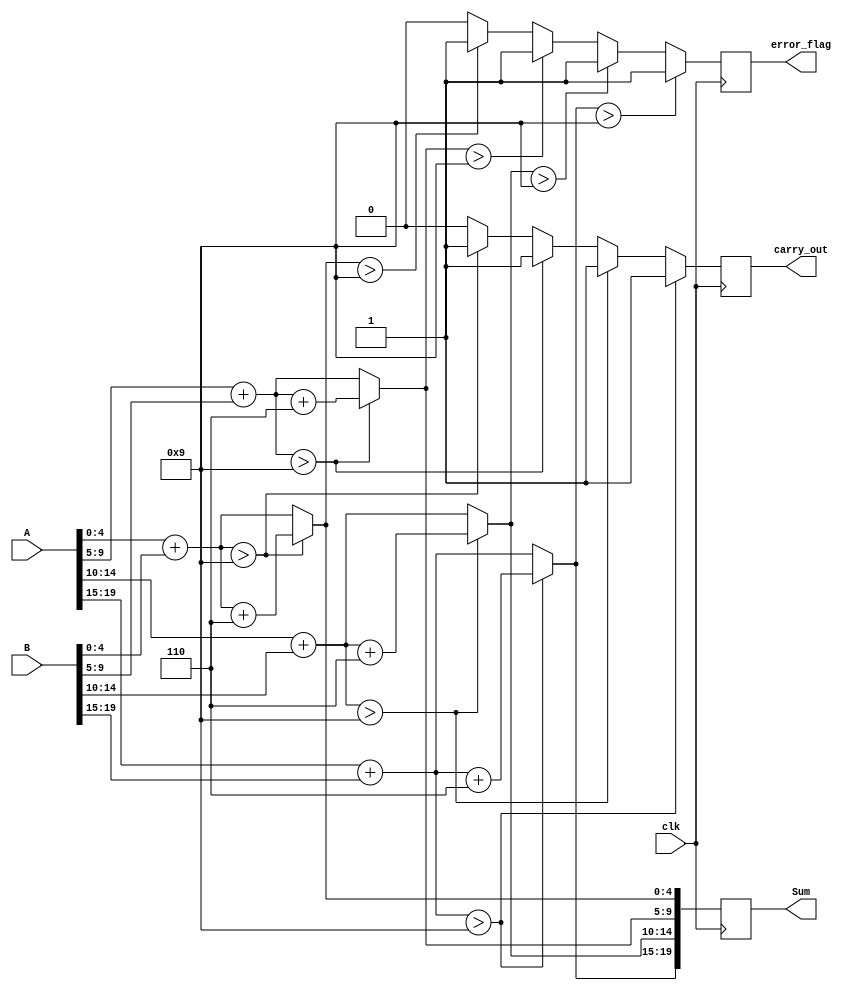
module BCD_Redundant_Binary_Adder (
    input wire clk,
    input wire [19:0] A, // 5 bits for each of the 4 BCD digits (total 20 bits)
    input wire [19:0] B, // 5 bits for each of the 4 BCD digits (total 20 bits)
    output reg [19:0] Sum, // 5 bits for each of the 4 BCD digits (total 20 bits)
    output reg carry_out, // Carry out for the last BCD digit
    output reg error_flag // Error detection flag
);

    reg [4:0] temp_sum [0:3]; // Temporary sums for each BCD digit
    reg [4:0] corrected_sum [0:3]; // Corrected sums after checking BCD validity
    integer i;

    always @(posedge clk) begin
        // Step 1: Add each BCD digit
        for (i = 0; i < 4; i = i + 1) begin
            temp_sum[i] = A[i*5 +: 5] + B[i*5 +: 5];
        end

        // Step 2: Check for BCD correction
        carry_out = 0;
        error_flag = 0;
        for (i = 0; i < 4; i = i + 1) begin
            if (temp_sum[i] > 9) begin
                corrected_sum[i] = temp_sum[i] + 5'd6; // Add 6 for BCD correction
                carry_out = 1; // Set carry out if correction is applied
            end else begin
                corrected_sum[i] = temp_sum[i];
            end
        end

        // Step 3: Assign corrected sums to output
        for (i = 0; i < 4; i = i + 1) begin
            Sum[i*5 +: 5] = corrected_sum[i];
        end

        // Step 4: Error detection logic (simple example)
        // Check if the output is a valid BCD representation
        for (i = 0; i < 4; i = i + 1) begin
            if (corrected_sum[i] > 9) begin
                error_flag = 1; // Set error flag if any corrected sum is invalid
            end
        end
    end
endmodule